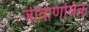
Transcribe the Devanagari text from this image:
जीवाणविक